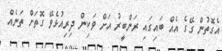
އެގޮތުން ގޭގެ އެއް ބައިގައި ރަންބީރު އަށް ވަކިން ދިރިއުޅެވޭ ގޮތަށް ތަނެއް